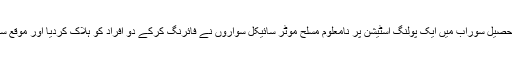
ضلع قلات کی تحصیل سوراب میں ایک پولنگ اسٹیشن پر نامعلوم مسلح موٹر سائیکل سواروں نے فائرنگ کرکے دو افراد کو ہلاک کردیا اور موقع سے فرار ہوگئے۔